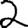
Digit: 2